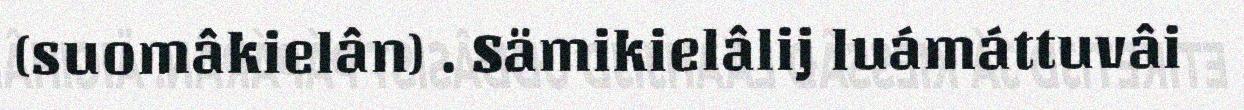
(suomâkielân) . Sämikielâlij luámáttuvâi